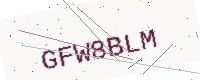
Text: GFW8BLM